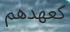
كعھدھم